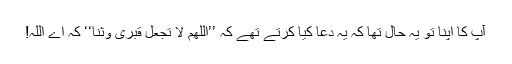
آپ کا اپنا تو یہ حال تھا کہ یہ دعا کیا کرتے تھے کہ ’’اَللّٰھُمَّ لَا تَجْعَلْ قَبْرِیْ وَثْنًا‘‘ کہ اے اللہ!